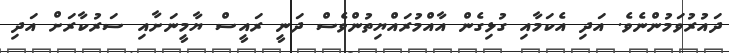
ދައުރުވަމުންނެވެ. އަދި އެކަމާއި ގުޅިގެން އާއްމުރައްޔިތުންވެސް ދަނީ ރައީސް ޔާމީނަށާއި ސަރުކާރަށް އަދި